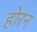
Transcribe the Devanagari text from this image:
होरन